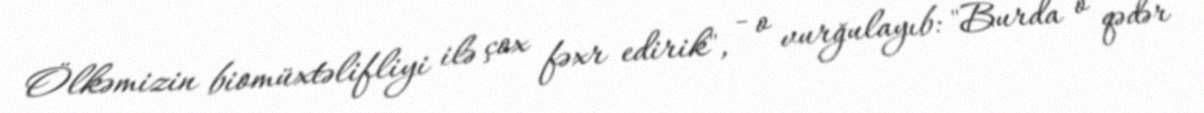
Ölkəmizin biomüxtəlifliyi ilə çox fəxr edirik", - o vurğulayıb: "Burda o qədər